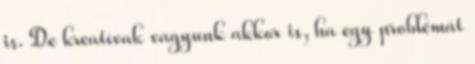
is. De kreatívak vagyunk akkor is, ha egy problémát